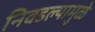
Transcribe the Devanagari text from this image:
निवडल्यामुळे